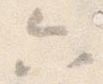
六